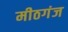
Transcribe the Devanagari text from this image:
मीठगंज